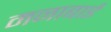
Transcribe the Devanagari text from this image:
मनाबाई